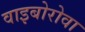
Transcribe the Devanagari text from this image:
वाइबोरोवा